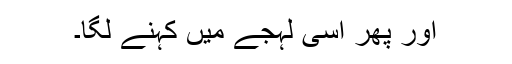
اور پھر اُسی لہجے میں کہنے لگا۔